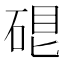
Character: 𥓀